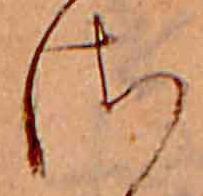
さ